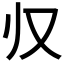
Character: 𱍷